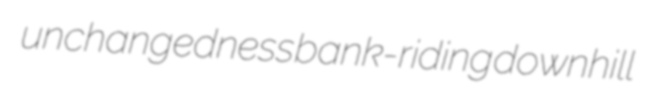
unchangedness bank-riding downhill